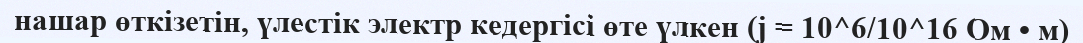
нашар өткізетін, үлестік электр кедергісі өте үлкен (j = 10^6/10^16 Ом • м)